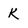
Character: k